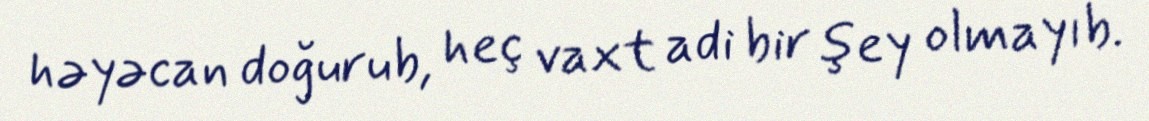
həyəcan doğurub, heç vaxt adi bir şey olmayıb.